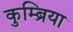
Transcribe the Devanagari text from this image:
कुम्ब्रिया